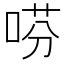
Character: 𫪝